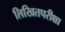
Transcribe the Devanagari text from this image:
लिखितपरीक्षा